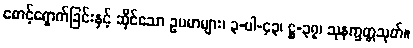
စောင့်ရှောက်ခြင်းနှင့် ဆိုင်သော ဥပမာများ၊ ၃-ပါ-၄၃၊ ဋ္ဌ-၃၇၊ သုနက္ခတ္တသုတ်။